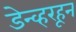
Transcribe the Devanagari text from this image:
डेन्व्हरहून